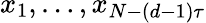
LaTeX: x_{1},\ldots,x_{N-(d-1)\tau}